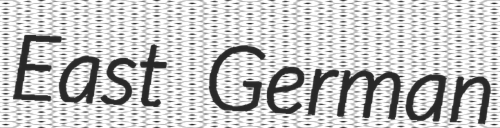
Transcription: East German